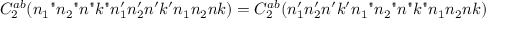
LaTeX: C _ { 2 } ^ { a b } ( n _ { 1 } " n _ { 2 } " n " k " n _ { 1 } ^ { \prime } n _ { 2 } ^ { \prime } n ^ { \prime } k ^ { \prime } n _ { 1 } n _ { 2 } n k ) = C _ { 2 } ^ { a b } ( n _ { 1 } ^ { \prime } n _ { 2 } ^ { \prime } n ^ { \prime } k ^ { \prime } n _ { 1 } " n _ { 2 } " n " k " n _ { 1 } n _ { 2 } n k )